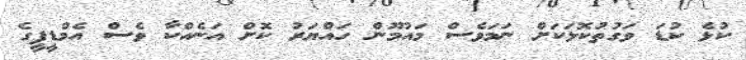
ކުޅެ ކުޑަ ވަގުތުކޮޅަކަށް ނަމަވެސް މައުމޫން ހައްޔަރު ކޮށް އަނެއްކާ ވެސް އެމްޑީޕީގެ